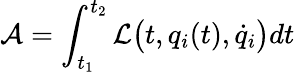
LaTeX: \mathcal{A}=\int_{t_{1}}^{t_{2}}\mathcal{L}\big(t,q_{i}(t),\dot{q}_{i}\big)dt